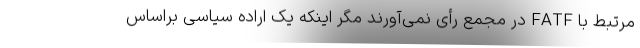
مرتبط با FATF در مجمع رأی نمی‌آورند مگر اینکه یک اراده سیاسی براساس